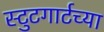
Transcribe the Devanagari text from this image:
स्टुटगार्टच्या